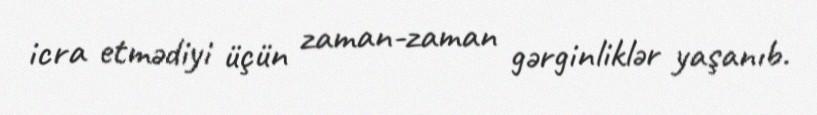
icra etmədiyi üçün zaman-zaman gərginliklər yaşanıb.